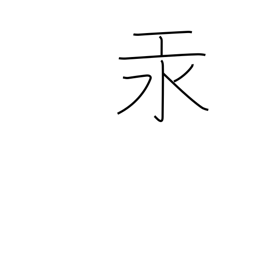
Meaning: mercury